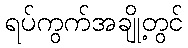
ရပ်ကွက်အချို့တွင်